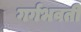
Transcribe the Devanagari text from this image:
गर्गभवती